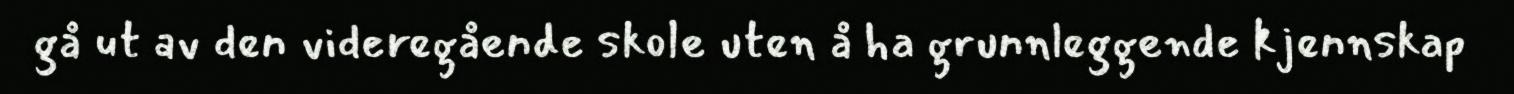
gå ut av den videregående skole uten å ha grunnleggende kjennskap